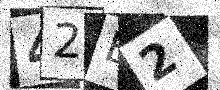
Text: 42E2